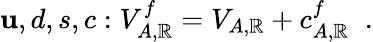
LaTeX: \mathbf{u},d,s,c:V_{A,\mathbb{R}}^{f}=V_{A,\mathbb{R}}+c_{A,\mathbb{R}}^{f}\; \; .